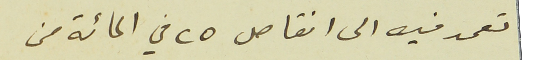
تعمد فيه الى انقاص ٢٥ في المائة من